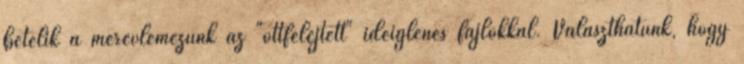
betelik a merevlemezünk az "ottfelejtett" ideiglenes fájlokkal. Választhatunk, hogy